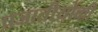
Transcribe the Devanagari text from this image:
प्रजातीयोंकी